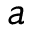
a